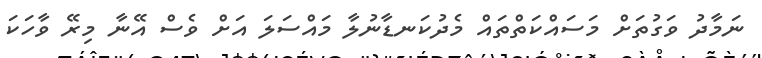
ނަމާދު ވަގުތަށް މަސައްކަތްތައް މެދުކަނޑާނުލާ މައްސަލަ އަށް ވެސް އޭނާ މިރޭ ވާހަކަ